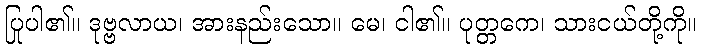
ပြုပါ၏။ ဒုဗ္ဗလာယ၊ အားနည်းသော။ မေ၊ ငါ၏။ ပုတ္တကေ၊ သားငယ်တို့ကို။